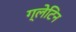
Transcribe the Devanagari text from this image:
ग्लेटिन